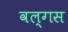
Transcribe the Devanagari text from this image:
वल्गस